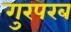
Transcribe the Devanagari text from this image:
गुरपरब